Calcutta medical institutions reports 1871-78
Year: 1871
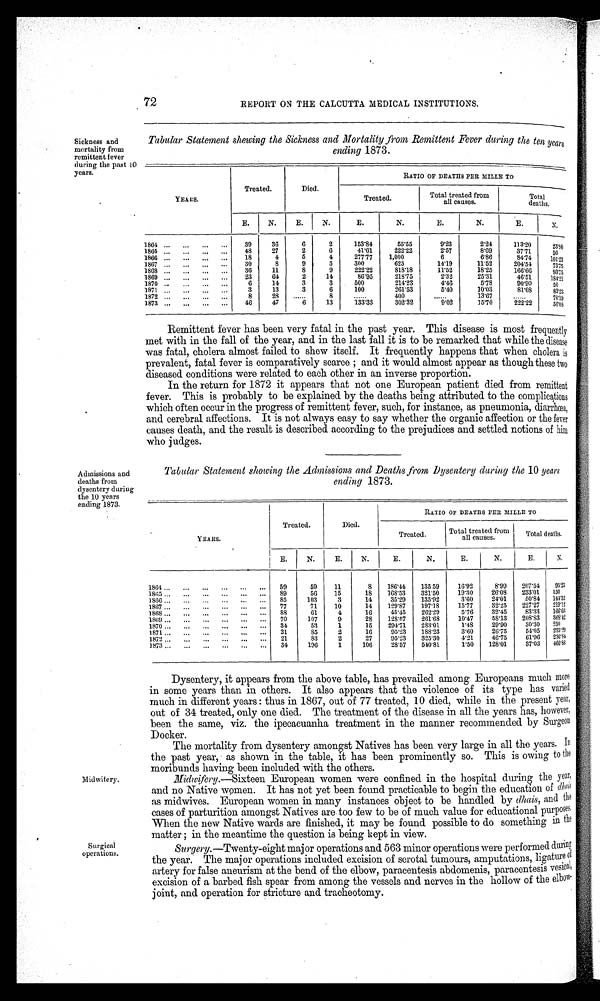
72
REPORT ON THE CALCUTTA MEDICAL INSTITUTIONS.
Sickness and
mortality from
remittent fever
during the past 10
years.
Tabular Statement shewing the Sickness and Mortality from Remittent Fever during the ten years
ending 1873.
YEARS.
Treated.
Died.
RATIO OF DEATHS PER MILLE TO
Treated.
Total treated from
all causes.
Total
deaths.
E.
N.
E.
N.
E.
N.
E.
N.
E.
N .
1864
39
36
6
2
153·84
55·55
9·23
2·24
113·20
2 3 · 8 0
1865
48
27
2
6
41·61
222·22
2·57
8·69
37·71
50
1866
18
4
5
4
277·77
1,000
6
6·86
84·74
101·23
1867
3 0
8
9
5
300
625
14·19
11·52
204·54
75·75
1868
36
11
8
9
222·22
818·18
11·52
18·25
166·66
93·75
1869
23
64
2
14
86·95
218·75
2·32
25·31
46·51
184·21
1870
6
14
3
3
500
214·23
4·46
5·78
90·90
50
1871
3
13
3
6
100
261·53
5·40
10·03
81·08
83·23
1872
8
28
. . . . . .
8
...... 400
. . . . . .
1 3 · 6 7
. . . . . .
70·19
1873
46
47
6
13
133·33
302·32
9·02
1 5 · 7 0
2 2 2 · 2 2
56·08
Admissions and
deaths from
dysentery during
the 10 years
ending 1873.
Remittent fever has been very fatal in the past year. This disease is most frequently
met with in the fall of the year, and in the last fall it is to be remarked that while the disease
was fatal, cholera almost failed to shew itself. It frequently happens that when cholera is
prevalent, fatal fever is comparatively scarce ; and it would almost appear as though these two
diseased conditions were related to each other in an inverse proportion.
In the return for 1872 it appears that not one European patient died from remittent
fever. This is probably to be explained by the deaths being attributed to the complications
which often occur in the progress of remittent fever, such, for instance, as pneumonia, diarrhœa,
and cerebral affections. It is not always easy to say whether the organic affection or the fever
causes death, and the result is described according to the prejudices and settled notions of him
who judges.
Tabular Statement showing the Admissions and Deaths from Dysentery during the 10 years
ending 1873.
YEARS.
Treated.
Died.
RATIO OF DEATHS PER MILLE TO
Treated.
Total treated from
all causes.
Total deaths.
E.
N.
E.
N.
E.
N.
E.
N.
E.
N.
1864.
59
59
11
8
186·44
1 3 5 · 5 9
16·92
8·99
207·54
95·23
1865
89
56
15
18
168·53
321·50
19·30
26·08
233·01
150
1866
85
103
3
14
35·29
135·92
3·60
24·01
50·84
144·32
1867
77
71
10
14
129·87
197·18
15·77
.32·25
227·27
219·12
1868.
88
61
4
16
45·45
262·29
5·76
32·45
83·33
166·66
1869.
70
107
9
28
128·57
261·68
10·47
58·13
208·83
368·42
1870
3 4
53
1
15
294·71
283·01
1·48
29·90
30·30
250
1871
2 1
85
2
16
95·23
188·23
3·60
26·75
54·05
235·29
1872
2 1
83
2
27
95·23
325·30
4·21
46·75
61·96
236· 84
1873.
34
196
1
106
28·57
540·81
1·50
128·01
37·03
460·86
Dysentery, it appears from the above table, has prevailed among Europeans much more
in some years than in others. It also appears that the violence of its type has varied
much in different years : thus in 1867, out of 77 treated, 10 died, while in the present year,
out of 34 treated, only one died. The treatment of the disease in all the years has, however,
been the same, viz. the ipecacuanha treatment in the manner recommended by Surgeo
n
Docker.
The mortality from dysentery amongst Natives has been very large in all the years.
I n
the past year, as shown in the table, it has been prominently so. This is owing to the
moribunds having been included with the others.
Midwifery.
Midwifery. —Sixteen European women were confined in the hospital during the year,
and no Native women. It has not yet been found practicable to begin the education of dhais
as midwives. European women in many instances object to be handled by dhais, and the
cases of parturition amongst Natives are too few to be of much value for educational purpose
s .
When the new Native wards are finished, it may be found possible to do something in the
matter ; in the meantime the question is being kept in view.
Surgical
o p e r a t i o n s .
Surgery. —Twenty-eight major operations and 563 minor operations were performed during
the year. The major operations included excision of scrotal tumours, amputations, ligature o f
artery for false aneurism at the bend of the elbow, paracentesis abdomenis, paracentesis vesical,
excision of a barbed fish spear from among the vessels and nerves in the hollow of the elbow
-
joint, and operation for stricture and tracheotomy.